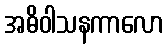
အဓိဝါသနကာလော